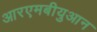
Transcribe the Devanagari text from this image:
आरएमबीयुआन